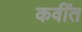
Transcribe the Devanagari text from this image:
कवींत